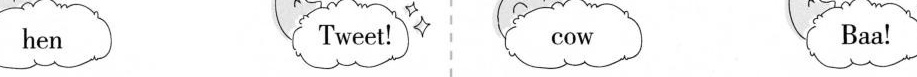
hen Tweet! cow Baa!